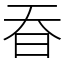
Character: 昋